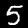
Digit: 5